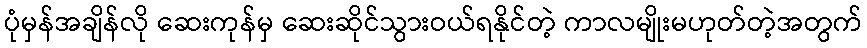
ပုံမှန်အချိန်လို ဆေးကုန်မှ ဆေးဆိုင်သွားဝယ်ရနိုင်တဲ့ ကာလမျိုးမဟုတ်တဲ့အတွက်